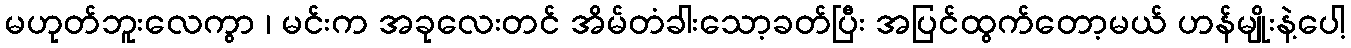
မဟုတ်ဘူးလေကွာ ၊ မင်းက အခုလေးတင် အိမ်တံခါးသော့ခတ်ပြီး အပြင်ထွက်တော့မယ် ဟန်မျိုးနဲ့ပေါ့